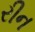
રીન